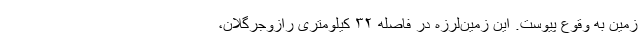
زمین به وقوع پیوست. این زمین‌لرزه در فاصله ۳۲ کیلومتری رازوجرگلان،